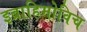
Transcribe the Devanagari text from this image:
इब्राहिमोविच